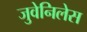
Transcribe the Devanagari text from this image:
जुवेनिलेस